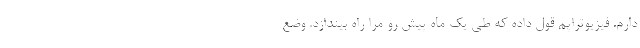
دارم. فیزیوتراپم قول داده که طی یک ماه پیش رو مرا راه بیندازد. وضع